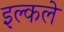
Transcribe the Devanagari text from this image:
इल्कले